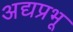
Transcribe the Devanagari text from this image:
अद्यप्रभू